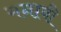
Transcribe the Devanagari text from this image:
मनाबी